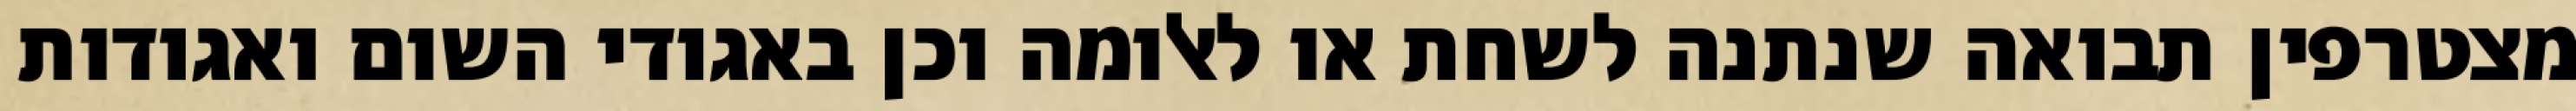
מצטרפין תבואה שנתנה לשחת או לאלומה וכן באגודי השום ואגודות